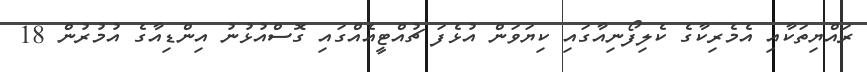
ރައްޔިތަކާއި އެމެރިކާގެ ކެލިފޯނިއާގައި ކިޔަވަން އުޅެފަ ޗުއްޓީއެއްގައި ގޮސްއުޅުނު އިންޑިއާގެ އުމުރުން 18